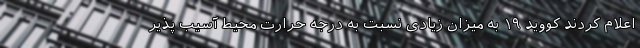
اعلام کردند کووید ۱۹ به میزان زیادی نسبت به درجه حرارت محیط آسیب پذیر